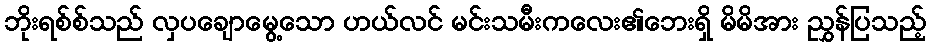
ဘိုးရစ်စ်သည် လှပချောမွေ့သော ဟယ်လင် မင်းသမီးကလေး၏ဘေးရှိ မိမိအား ညွှန်ပြသည့်